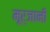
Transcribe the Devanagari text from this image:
मूर्जानी